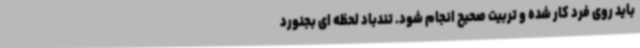
باید روی فرد کار شده و تربیت صحیح انجام شود. تندباد لحظه ای بجنورد